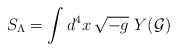
\begin{align*}S_\Lambda=\int d^4x\,\sqrt{-g}\,\,Y(\cal G)\end{align*}